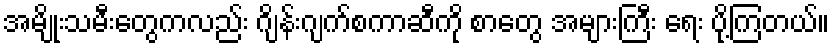
အမျိုးသမီးတွေကလည်း ဂျိန်းဂျက်စကာဆီကို စာတွေ အများကြီး ရေး ပို့ကြတယ်။